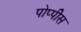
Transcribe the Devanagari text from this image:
पोप्पीेस